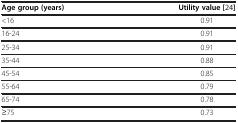
<table><thead><tr><td><b>Age group (years)</b></td><td><b>Utility value[24]</b></td></tr></thead><tbody><tr><td>&lt;16</td><td>0.91</td></tr><tr><td>16-24</td><td>0.91</td></tr><tr><td>25-34</td><td>0.91</td></tr><tr><td>35-44</td><td>0.88</td></tr><tr><td>45-54</td><td>0.85</td></tr><tr><td>55-64</td><td>0.79</td></tr><tr><td>65-74</td><td>0.78</td></tr><tr><td>≥75</td><td>0.73</td></tr></tbody></table>